Lunatic asylums Punjab 1868-1880 - 1868-1880
Year: 1868
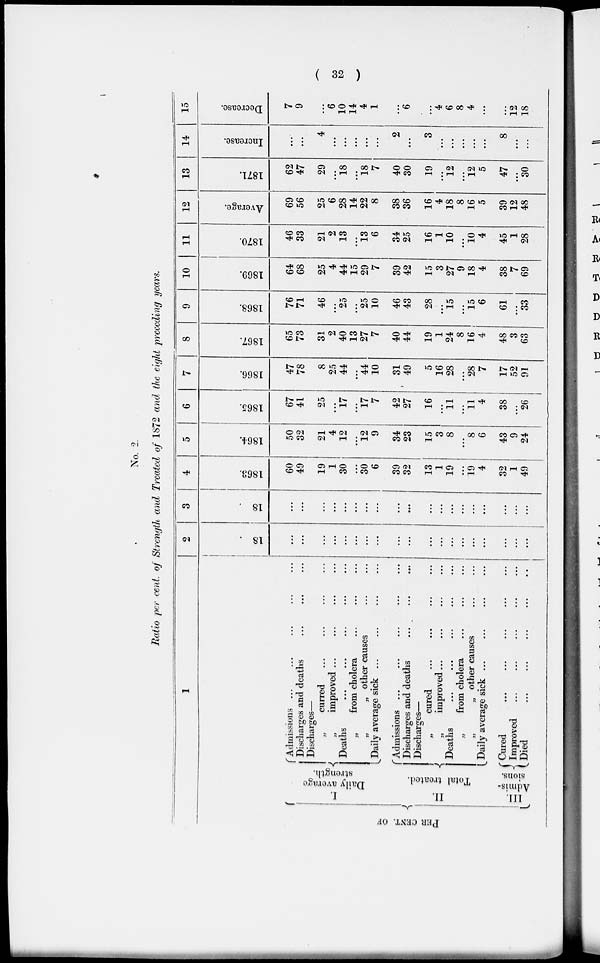
( 32 )
No. 2.
Ratio per cent. of Strength and Treated of 1872 and the eight preceding years.
1
PER CENT. OF
I.
Daily average
strength.
II.
Total treated.
III.
Admis-
sions.
Admissions ... ... ... ... ... ... ... ... ... ...
Discharges and deaths
Discharges —
„
curred ... ... ... ... ...... ... ... ...
„
improved ...
Deaths ... ... ... ... ...
„ from cholera
„
„ other causes
Daily average sick
Admissions ...
Discharges and deaths
Discharges—
„ cured ... ... ... ...
„
improved...
Deaths
...
..
.
...
...
...
„
from cholera
„
„ other causes
Daily average sick ...
Cured
Improved
Died ... ... ... ... ...
2
1861.
...
...
...
...
...
...
...
...
...
...
...
...
...
...
...
...
...
...
...
3
1862.
...
...
...
...
...
...
...
...
...
...
...
...
...
...
...
...
...
...
...
4
1863.
60
49
19
1
30
...
30
6
39
32
13
1
19
...
19
4
32
1
49
5
1864.
50
32
21
4
12
...
12
9
34
23
15
3
8
...
8
6
43
9
24
6
1865.
67
41
25
...
17
...
17
7
42
27
16
...
11
...
11
4
38
...
26
7
1866.
47
78
8
25
44
...
44
10
31
49
5
16
28
...
28
7
17
52
91
8
1867.
65
73
31
2
40
13
27
7
40
44
19
1
24
8
16
4
48
3
63
9
1868.
76
71
46
...
25
...
25
10
46
43
28
...
15
...
15
6
61
...
33
10
1869.
64
68
25
4
44
15
29
7
39
42
15
3
27
9
18
4
38
7
69
11
1870.
46
33
21
2
13
...
13
6
34
25
16
1
10
...
10
4
45
1
28
12
Average.
69
56
25
6
28
14
22
8
38
36
16
4
18
8
16
5
39
12
48
13
1871.
62
47
29
...
18
...
18
7
40
30
19
...
12
...
12
5
47
...
30
14
Increase.
...
...
4
...
...
...
...
...
2
...
3
...
...
...
...
...
8
...
...
15
Decrease.
7
9
...
6
10
14
4
1
...
6
...
4
6
8
4
...
...
12
18